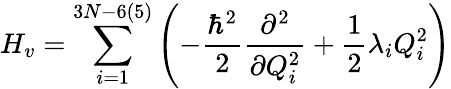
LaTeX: H_{v}=\sum_{i=1}^{3N-6(5)}\left(-\frac{\hbar^{2}}{2}\frac{\partial^{2}}{\partial Q_{i}^{2}}+\frac{1}{2}\lambda_{i}Q_{i}^{2}\right)